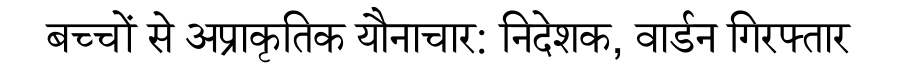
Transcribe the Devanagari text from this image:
बच्चों से अप्राकृतिक यौनाचार: निदेशक, वार्डन गिरफ्तार